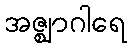
အဇ္ဈာဂါရေ